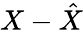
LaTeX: X-{\hat{X}}